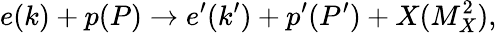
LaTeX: e(k)+p(P)\rightarrow e^{\prime}(k^{\prime})+p^{\prime}(P^{\prime})+X(M_{X}^{2}),